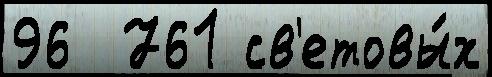
96  761 св'етовы́х